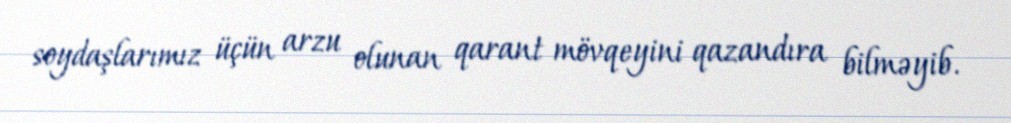
soydaşlarımız üçün arzu olunan qarant mövqeyini qazandıra bilməyib.